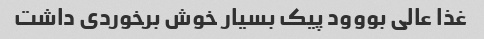
غذا عالی بووود پیک بسیار خوش برخوردی داشت